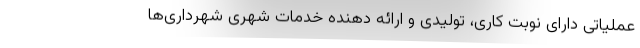
عملیاتی دارای نوبت کاری، تولیدی و ارائه دهنده خدمات شهری شهرداری‌ها